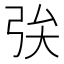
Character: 𢏓